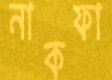
নাকফা